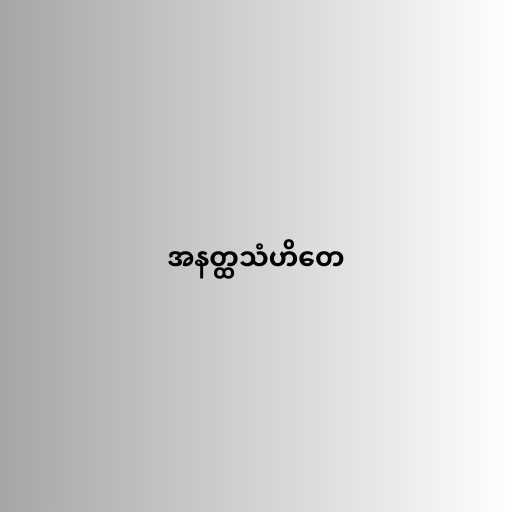
အနတ္ထသံဟိတေ